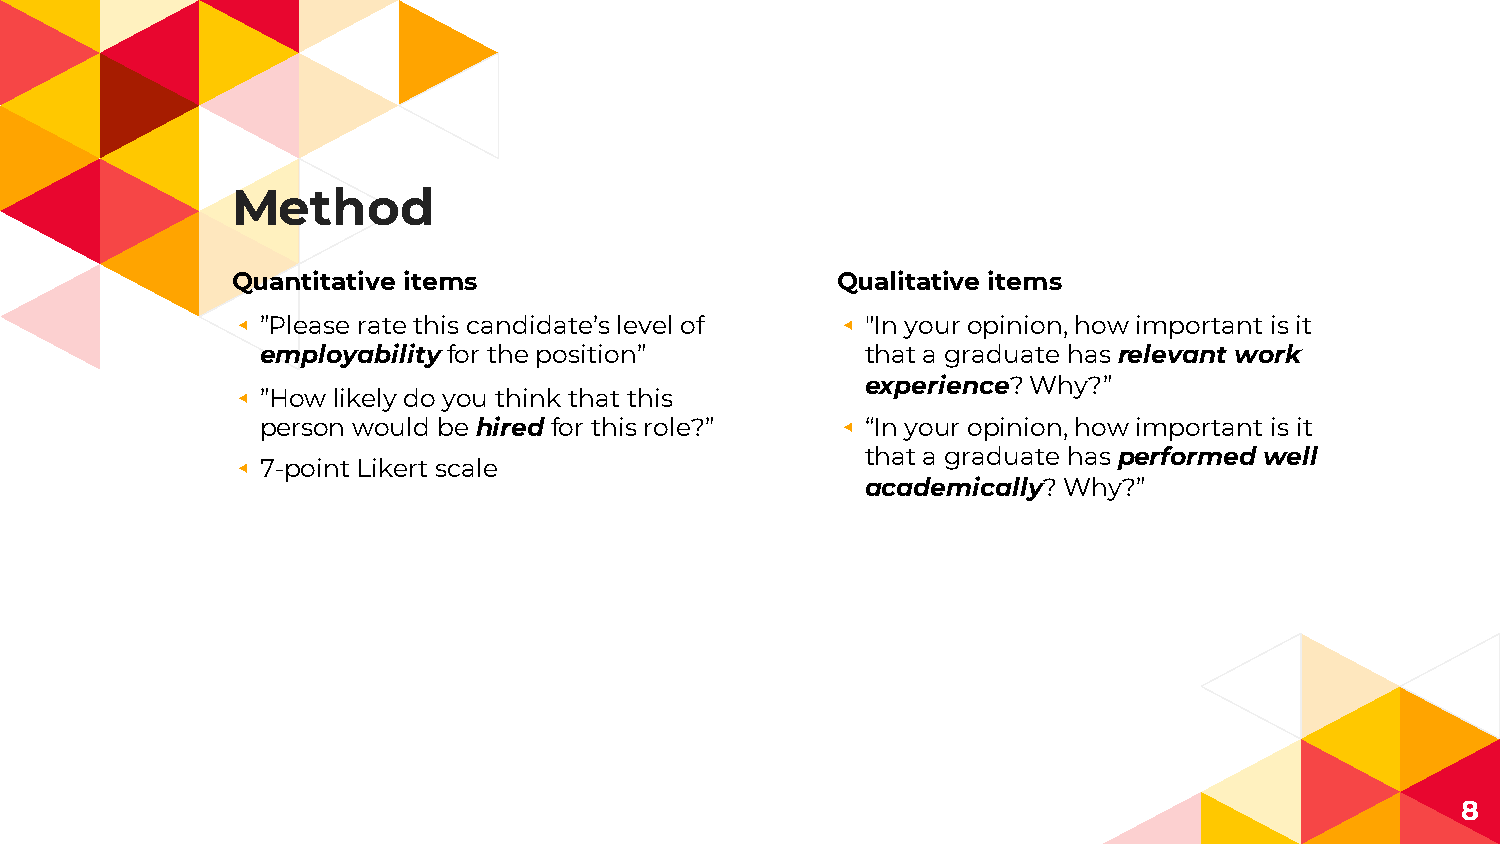
Method
 Quantitative items                      Qualitative items
 ◂ ”Please rate this candidate’s level of ◂ "In your opinion, how important is it
 employability for the position”         that a graduate has relevant work
 experience? Why?”
 ◂ ”How likely do you think that this
 person would be hired for this role?” ◂ “In your opinion, how important is it
 that a graduate has performed well
 ◂ 7-point Likert scale
 academically? Why?”
 8